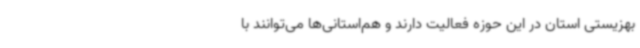
بهزیستی استان در این حوزه فعالیت دارند و هم‌استانی‌ها می‌توانند با